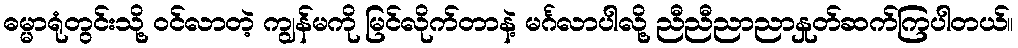
ဓမ္မာရုံတွင်းသို့ ဝင်လာတဲ့ ကျွန်မကို မြင်လိုက်တာနဲ့ မင်္ဂလာပါလို့ ညီညီညာညာနှုတ်ဆက်ကြပါတယ်။